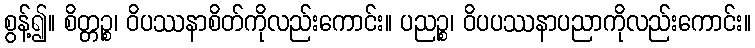
စွန့်၍။ စိတ္တဉ္စ၊ ဝိပဿနာစိတ်ကိုလည်းကောင်း။ ပညဉ္စ၊ ဝိပပဿနာပညာကိုလည်းကောင်း။